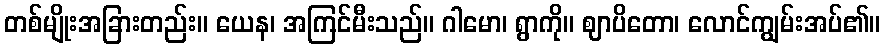
တစ်မျိုးအခြားတည်း။ ယေန၊ အကြင်မီးသည်။ ဂါမော၊ ရွာကို။ ဈာပိတော၊ လောင်ကျွမ်းအပ်၏။